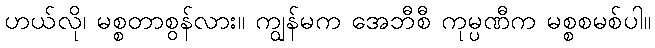
ဟယ်လို၊ မစ္စတာစွန်လား။ ကျွန်မက အေဘီစီ ကုမ္ပဏီက မစ္စစမစ်ပါ။